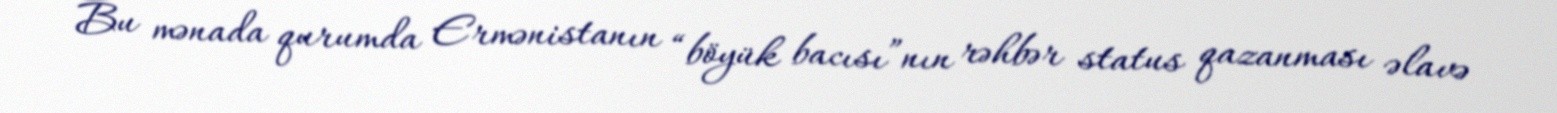
Bu mənada qurumda Ermənistanın “böyük bacısı”nın rəhbər status qazanması əlavə